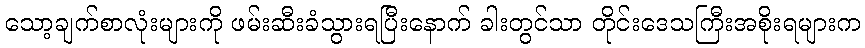
သော့ချက်စာလုံးများကို ဖမ်းဆီးခံသွားရပြီးနောက် ခါးတွင်သာ တိုင်းဒေသကြီးအစိုးရများက